Annual report on the working of the Harcourt Butler Institute of Public Health, Rangoon
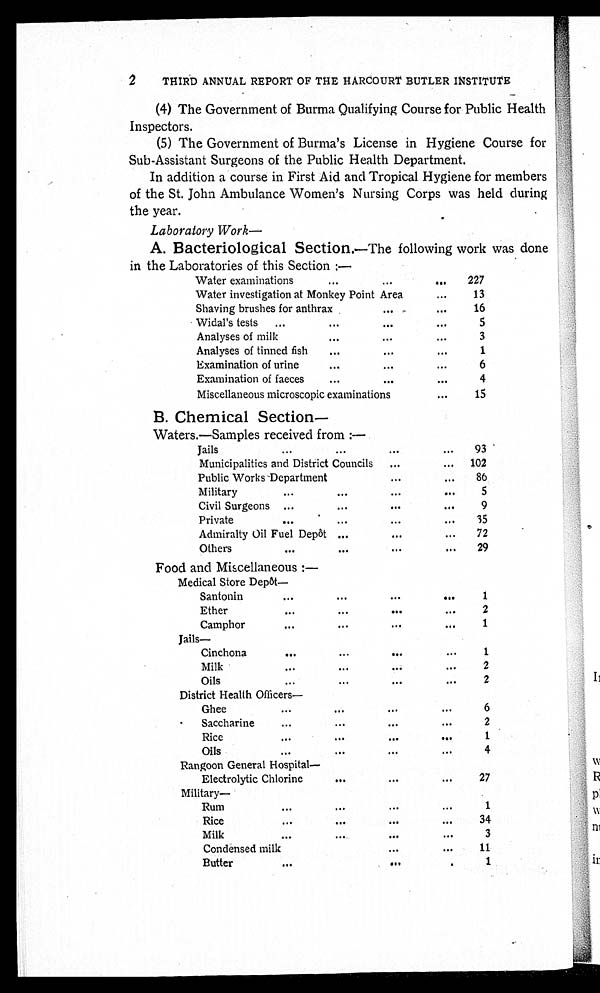
2
THIRD ANNUAL REPORT OF THE HARCOURT BUTLER INSTITUTE
(4) The Government of Burma Qualifying Course for Public Health
Inspectors.
(5) The Government of Burma's License in Hygiene Course for
Sub-Assistant Surgeons of the Public Health Department.
In addition a course in First Aid and Tropical Hygiene for members
of the St. John Ambulance Women's Nursing Corps was held during
the year.
Laboratory Work—
A. Bacteriological Section.—The following work was done
i n t h e L a b o r a t o r i e s o f t h i s S e c t i o n : —
Water examinations . . .
227
Water investigation at Monkey Point Area . . .
13
Shaving brushes for anthrax . . .
16
Widal's tests . . .
5
Analyses of milk . . .
3
Analyses of tinned fish . . .
1
Examination of urine . . .
6
Examination of faeces . . .
4
Miscellaneous microscopic examinations . . .
15
B. Chemical Section
—
Waters.—Samples received from : —
Jails . . .
93
Municipalities and District Councils . . .
102
Public Works Department . . .
86
Military . . .
5
Civil Surgeons . . .
9
Private . . .
35
Admiralty Oil Fuel Depôt . . .
72
Others . . .
29
Food and Miscellaneous : —
Medical Store Depôt
—
Santonin . . .
1
Ether . . .
2
Camphor . . .
1
Jails—
Cinchona . . .
1
Milk . . .
2
Oils . . .
2
District Health Officers—
Ghee . . .
6
Saccharine . . .
2
Rice . . .
1
Oils . . .
4
Rangoon General Hospital—
Electrolytic Chlorine . . .
27
Military—
Rum . . .
1
Rice . . .
34
Milk . . .
3
Condensed milk . . .
11
Butter . . .
1